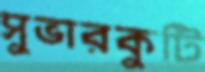
সুভারকুটি